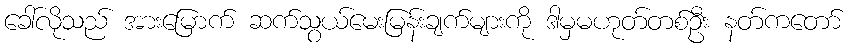
ခေါ်လိုသည် အားမြောက် ဆက်သွယ်မေးမြန်းချက်များကို ဒါမှမဟုတ်တစ်ဦး နတ်ကတော်